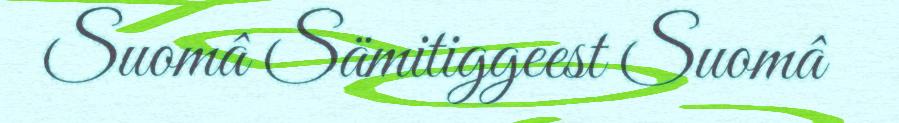
Suomâ Sämitiggeest Suomâ